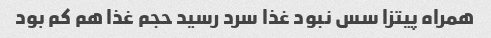
همراه پیتزا سس نبود غذا سرد رسید حجم غذا هم کم بود